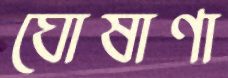
ঘোষাণা